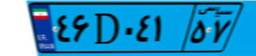
۰۸D۴۶۴۲۶